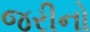
જરીનો